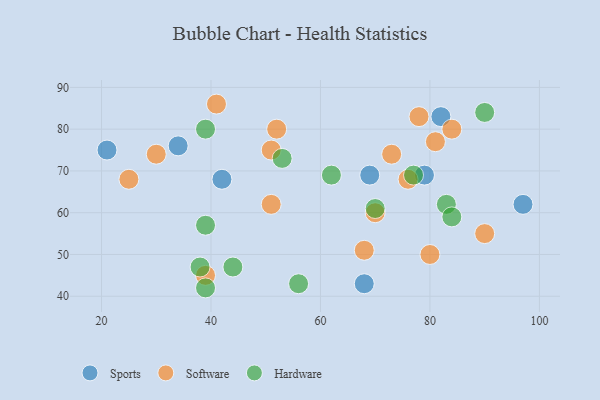
{"axis": {"x": "GDP", "y": "Life Expectancy"}, "legend": ["Hardware", "Software", "Sports"], "data": [{"x": "69", "y": 69, "type": "Sports"}, {"x": "97", "y": 62, "type": "Sports"}, {"x": "79", "y": 69, "type": "Sports"}, {"x": "68", "y": 43, "type": "Sports"}, {"x": "21", "y": 75, "type": "Sports"}, {"x": "42", "y": 68, "type": "Sports"}, {"x": "34", "y": 76, "type": "Sports"}, {"x": "82", "y": 83, "type": "Sports"}, {"x": "52", "y": 80, "type": "Software"}, {"x": "73", "y": 74, "type": "Software"}, {"x": "76", "y": 68, "type": "Software"}, {"x": "51", "y": 62, "type": "Software"}, {"x": "51", "y": 75, "type": "Software"}, {"x": "90", "y": 55, "type": "Software"}, {"x": "84", "y": 80, "type": "Software"}, {"x": "25", "y": 68, "type": "Software"}, {"x": "80", "y": 50, "type": "Software"}, {"x": "39", "y": 45, "type": "Software"}, {"x": "81", "y": 77, "type": "Software"}, {"x": "30", "y": 74, "type": "Software"}, {"x": "78", "y": 83, "type": "Software"}, {"x": "70", "y": 60, "type": "Software"}, {"x": "68", "y": 51, "type": "Software"}, {"x": "41", "y": 86, "type": "Software"}, {"x": "70", "y": 61, "type": "Hardware"}, {"x": "39", "y": 57, "type": "Hardware"}, {"x": "62", "y": 69, "type": "Hardware"}, {"x": "39", "y": 42, "type": "Hardware"}, {"x": "77", "y": 69, "type": "Hardware"}, {"x": "44", "y": 47, "type": "Hardware"}, {"x": "83", "y": 62, "type": "Hardware"}, {"x": "84", "y": 59, "type": "Hardware"}, {"x": "39", "y": 80, "type": "Hardware"}, {"x": "90", "y": 84, "type": "Hardware"}, {"x": "38", "y": 47, "type": "Hardware"}, {"x": "56", "y": 43, "type": "Hardware"}, {"x": "53", "y": 73, "type": "Hardware"}]}